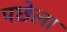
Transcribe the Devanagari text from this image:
पछेला